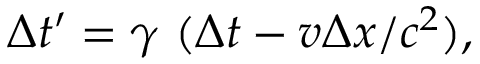
\Delta t ^ { \prime } = \gamma \ ( \Delta t - v \Delta x / c ^ { 2 } ) ,